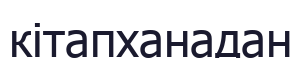
кітапханадан